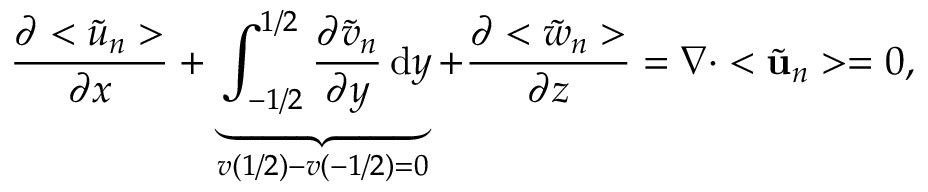
\frac { \partial < \tilde { u } _ { n } > } { \partial x } + \underbrace { \int _ { - 1 / 2 } ^ { 1 / 2 } \frac { \partial \tilde { v } _ { n } } { \partial y } \, \mathrm { d } y } _ { v \left( 1 / 2 \right) - v \left( - 1 / 2 \right) = 0 } + \frac { \partial < \tilde { w } _ { n } > } { \partial z } = \nabla \cdot < \tilde { \mathbf { u } } _ { n } > = 0 ,